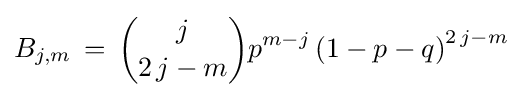
B_{j,m}\,=\,{j \choose 2\,j-m}{p}^{m-j}\left(1-p-q\right)^{2\,j-m}